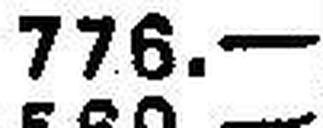
776.—